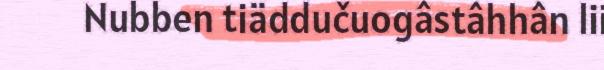
Nubben tiäddučuogâstâhhân lii